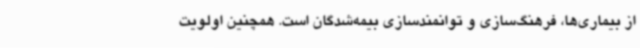
از بیماری‌ها، فرهنگ‌سازی و توانمندسازی بیمه‌شدگان است. همچنین اولویت